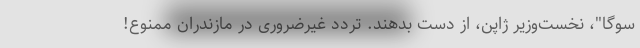
سوگا"، نخست‌وزیر ژاپن، از دست بدهند. تردد غیرضروری در مازندران ممنوع!